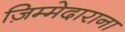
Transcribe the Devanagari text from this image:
ज़िम्मेदाराना